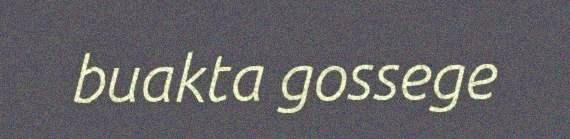
buakta gossege